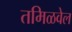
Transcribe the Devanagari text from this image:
तमिळवेल